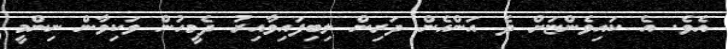
އެވެ. އެ ކައިވެންޏަށް ދެ އަންހެން ދަރިން ލިބިފައިވާއިރު ދެމީހުން ވަކިވާން ނިންމީ